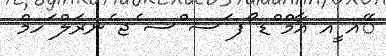
ޭއ ީއ އާމް ްޑ ޯފ ަސ ްސ ެޖ ެނރަލް ަހމް